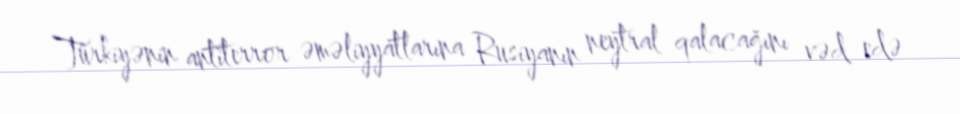
Türkiyənin antiterror əməliyyatlarına Rusiyanın neytral qalacağını vəd edə